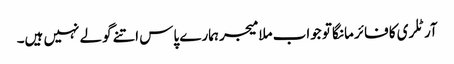
آرٹلری کا فائر مانگا تو جواب ملا میجر ہمارے پاس اتنے گولے نہیں ہیں۔